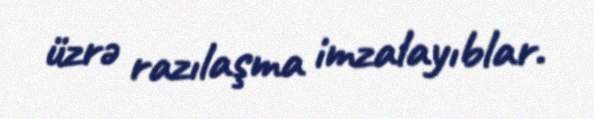
üzrə razılaşma imzalayıblar.